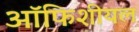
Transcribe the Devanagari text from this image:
ऑफिशीयल